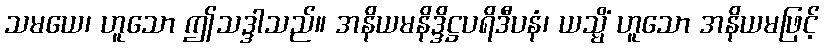
သမယေ၊ ဟူသော ဤသဒ္ဒါသည်။ အနိယမနိဒ္ဒိဋ္ဌပရိဒီပနံ၊ ယသ္မိံ ဟူသော အနိယမဖြင့်